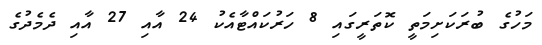
މަހުގެ ބުރަކަށިމަތީ ކޮތަރީގައި 8 ހަރުކައްޓާއެކު 24 އާއި 27 އާއި ދެމެދުގެ